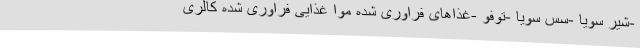
-شیر سویا -سس سویا -توفو -غذاهای فراوری شده موا غذایی فراوری شده کالری